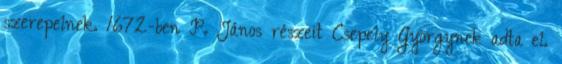
szerepelnek. 1672-ben P. János részeit Csepely Györgynek adta el.